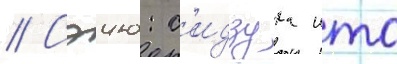
// Сэию: с'идзука ито